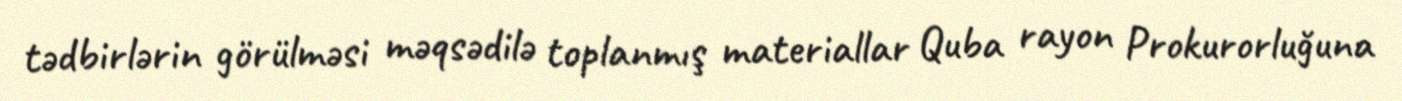
tədbirlərin görülməsi məqsədilə toplanmış materiallar Quba rayon Prokurorluğuna